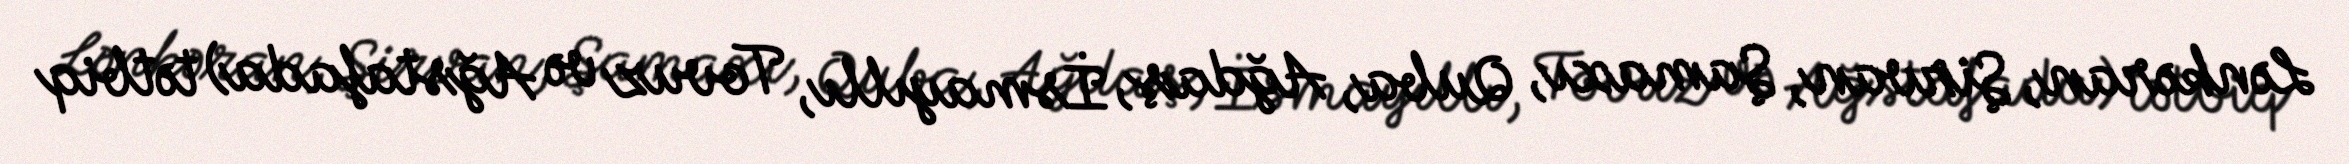
Lənkəran, Şirvan, Şamaxı, Quba, Ağdaş, İsmayıllı, Tovuz və Ağstafada) tətbiq